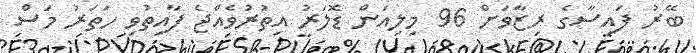
ބޭރު ފައިސާގެ ރިޒާވަށް 96 މިލިއަން ޑޮލަރު އިތުރުވެއްޖެ ފާއިތުވި ހަތަރު މަސް